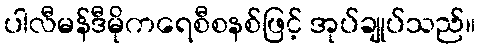
ပါလီမန်ဒီမိုကရေစီစနစ်ဖြင့် အုပ်ချုပ်သည်။